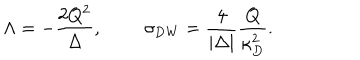
LaTeX: \Lambda = - { \frac { 2 Q ^ { 2 } } { \Delta } } , \ \sigma _ { \mathrm { D W } } = { \frac { 4 } { | \Delta | } } { \frac { Q } { \kappa _ { D } ^ { 2 } } } .